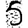
Digit: 5